Civil Veterinary Dept. Bombay admin report 1932-41 - 1932-1941
Year: 1932
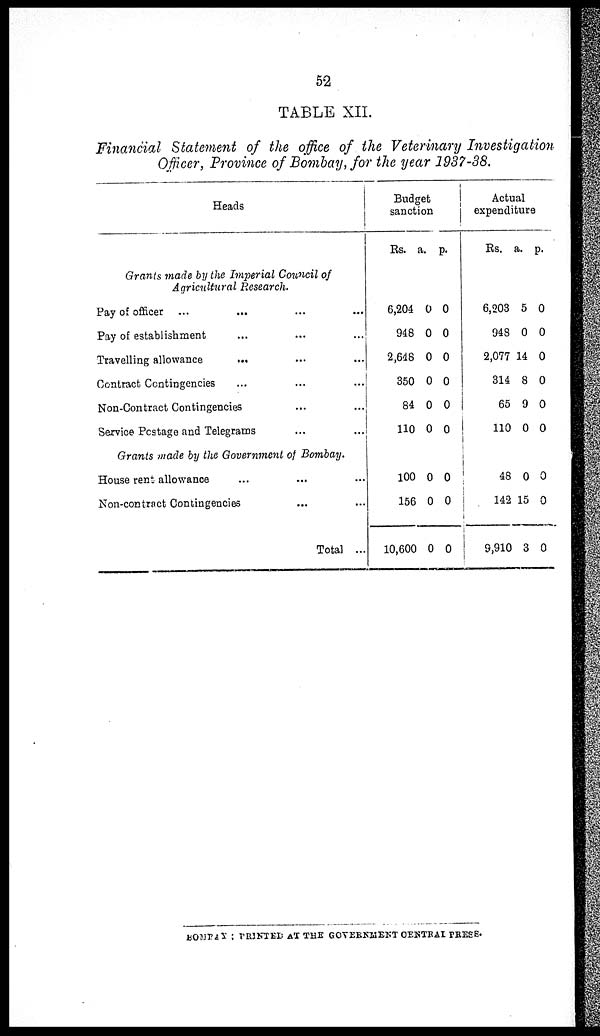
52
TABLE XII.
Financial Statement of the office of the Veterinary Investigation
Officer, Province of Bombay, for the year 1937-38.
Heads
Grants made by the Imperial Council of
Agricultural Research.
Pay of officer ... ... ... ...
Pay of establishment ... ... ...
Travelling allowance ... ... ...
Contract Contingencies ... ... ...
Non-Contract Contingencies ... ...
Service Postage and Telegrams ... ...
Grants made by the Government of Bombay.
House rent allowance ... ... ...
Non-contract Contingencies ... ...
Total ...
Budget
sanction
Rs. a.
p.
6,204
948
2,648
350
84
110
0
0
0
0
0
0
0
0
0
0
0
0
100
156
10,600
0
0
0
0
0
0
Actual
expenditure
Rs. a. p.
6,203
948
2,077
314
65
110
5
0
14
8
9
0
0
0
0
0
0
0
48
142
9,910
0
15
3
0
0
0
BOMBAY : PRINTED AT THE GOVERNMENT CENTRAL PRESS.